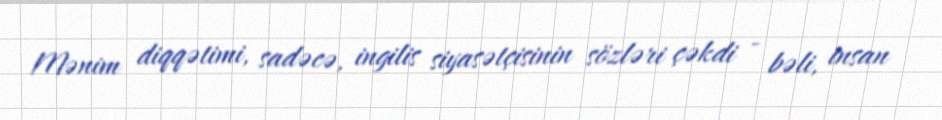
Mənim diqqətimi, sadəcə, ingilis siyasətçisinin sözləri çəkdi - bəli, insan